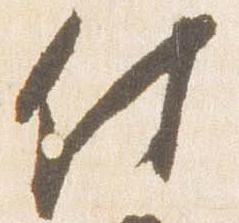
付